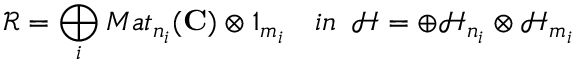
\mathcal { R } = \bigoplus _ { i } M a t _ { n _ { i } } ( \mathbf { C } ) \otimes 1 _ { m _ { i } } \, \, \, \, \, \, i n \, \, \, \mathcal { H } = \oplus \mathcal { H } _ { n _ { i } } \otimes \mathcal { H } _ { m _ { i } }